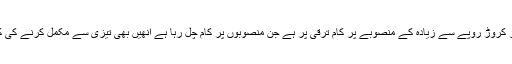
اس کے علاوہ 21 ہزار کروڑ روپے سے زیادہ کے منصوبے پر کام ترقی پر ہے جن منصوبوں پر کام چل رہا ہے انھیں بھی تیزی سے مکمل کرنے کی کوشش کی جا رہی ہے۔